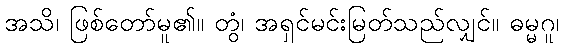
အသိ၊ ဖြစ်တော်မူ၏။ တွံ၊ အရှင်မင်းမြတ်သည်လျှင်။ ဓမ္မဂူ၊